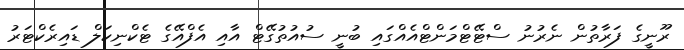
ރޫނީގެ ފަރާތުން ނެރުނު ސްޓޭޓްމަންޓްއެއްގައި ބުނީ ސުއުތުގޭޓް އާއި އެފްއޭގެ ޓެކްނިކަލް ޑައިރެކްޓަރު